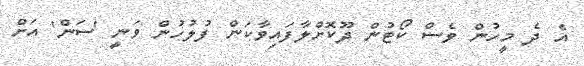
އެ ދެ މީހުން ވެސް ކޯޓުން ދޫކޮށްލާފައިވާކަން ފުލުހުން ވަނީ 'ސަން' އަށް